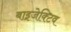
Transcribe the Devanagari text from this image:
बाइजेक्टिव